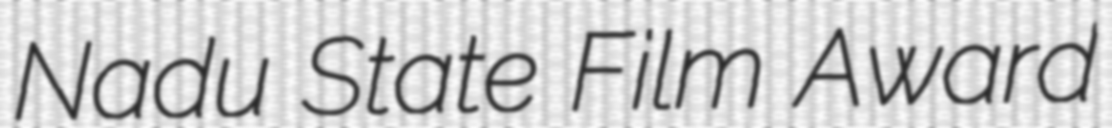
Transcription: Nadu State Film Award